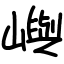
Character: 嶼